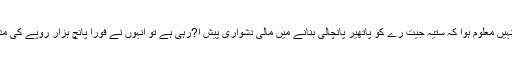
جب انہیں معلوم ہوا کہ ستیہ جیت رے کو پاتھیر پانچالی بنانے میں مالی دشواری پیش ا?رہی ہے تو انہوں نے فوراً پانچ ہزار روپے کی مدد کی۔